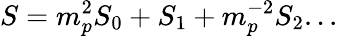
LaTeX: S=m_{p}^{2}S_{0}+S_{1}+m_{p}^{-2}S_{2}...